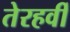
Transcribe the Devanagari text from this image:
तेरहवीँ